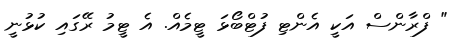
" ފްރާންސް އަކީ އެންޓި ފުޓްބޯޅަ ޓީމެއް. އެ ޓީމު ރޭގައި ކުޅުނީ